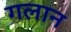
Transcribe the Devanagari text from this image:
गलान